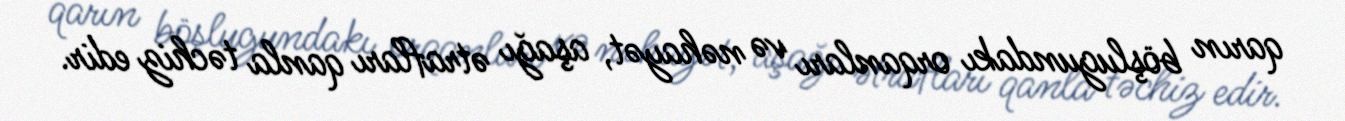
qarın böşlugundakı orqanları və nəhayət, aşağı ətrafları qanla təchiz edir.